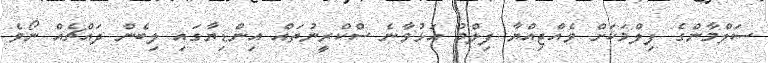
ސަލްމާންގެ ފިލްމަކަށް ވެއްޖިއްޔާ ފިލްމު އަޅުވާނެ ސްކްރީނުތައް އިންޑިޔާގައި ލިބެން ދައްޗެއް ނޯވެ